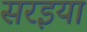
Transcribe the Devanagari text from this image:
सरइया